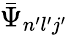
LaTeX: \bar{\Psi}_{n^{\prime}l^{\prime}j^{\prime}}